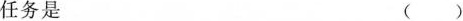
任务是 ()